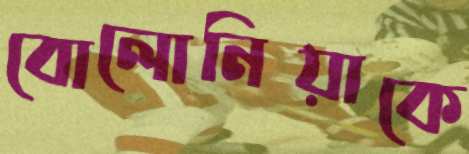
বোলোনিয়াকে